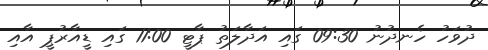
ދުވަހު ހެނދުނު 09:30 ގައި އަދާލަތު ޕާޓީ 11:00 ގައި ޑީއާރުޕީ އާއި